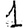
Digit: 1